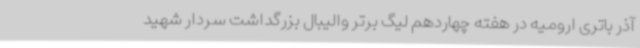
آذر باتری ارومیه در هفته چهاردهم لیگ برتر والیبال بزرگداشت سردار شهید